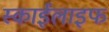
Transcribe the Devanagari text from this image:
स्काईलाइफ